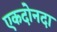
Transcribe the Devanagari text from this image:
एकदोनदा